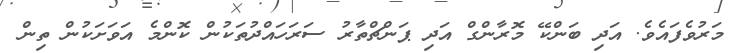
މަރުވެފައެވެ. އަދި ބަންކޭ މޮރާންގް އަދި ޕަންޗްތާރު ސަރަހައްދުތަކުން ކޮންމެ އަވަށަކުން ތިން